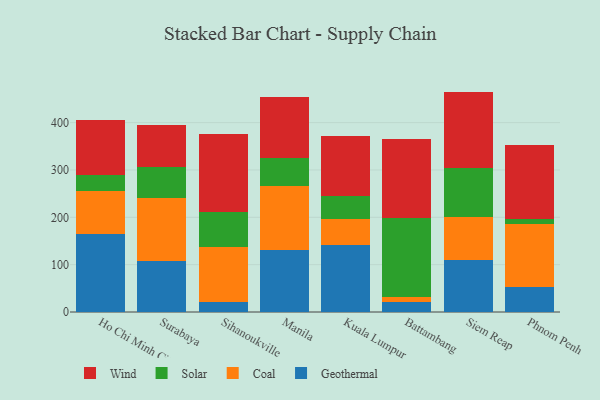
{"axis": {"x": "City", "y": "Conversion Rate (%)"}, "legend": ["Coal", "Geothermal", "Solar", "Wind"], "data": [{"x": "Ho Chi Minh City", "y": 164.9, "type": "Geothermal"}, {"x": "Ho Chi Minh City", "y": 90.2, "type": "Coal"}, {"x": "Ho Chi Minh City", "y": 33.8, "type": "Solar"}, {"x": "Ho Chi Minh City", "y": 117.2, "type": "Wind"}, {"x": "Surabaya", "y": 108.1, "type": "Geothermal"}, {"x": "Surabaya", "y": 133.3, "type": "Coal"}, {"x": "Surabaya", "y": 65.1, "type": "Solar"}, {"x": "Surabaya", "y": 88.1, "type": "Wind"}, {"x": "Sihanoukville", "y": 20.4, "type": "Geothermal"}, {"x": "Sihanoukville", "y": 116.6, "type": "Coal"}, {"x": "Sihanoukville", "y": 74.8, "type": "Solar"}, {"x": "Sihanoukville", "y": 163.3, "type": "Wind"}, {"x": "Manila", "y": 131.6, "type": "Geothermal"}, {"x": "Manila", "y": 133.6, "type": "Coal"}, {"x": "Manila", "y": 60.0, "type": "Solar"}, {"x": "Manila", "y": 128.2, "type": "Wind"}, {"x": "Kuala Lumpur", "y": 140.8, "type": "Geothermal"}, {"x": "Kuala Lumpur", "y": 55.5, "type": "Coal"}, {"x": "Kuala Lumpur", "y": 48.0, "type": "Solar"}, {"x": "Kuala Lumpur", "y": 128.3, "type": "Wind"}, {"x": "Battambang", "y": 22.1, "type": "Geothermal"}, {"x": "Battambang", "y": 10.1, "type": "Coal"}, {"x": "Battambang", "y": 166.0, "type": "Solar"}, {"x": "Battambang", "y": 167.7, "type": "Wind"}, {"x": "Siem Reap", "y": 108.8, "type": "Geothermal"}, {"x": "Siem Reap", "y": 90.9, "type": "Coal"}, {"x": "Siem Reap", "y": 104.3, "type": "Solar"}, {"x": "Siem Reap", "y": 161.5, "type": "Wind"}, {"x": "Phnom Penh", "y": 53.7, "type": "Geothermal"}, {"x": "Phnom Penh", "y": 132.1, "type": "Coal"}, {"x": "Phnom Penh", "y": 11.4, "type": "Solar"}, {"x": "Phnom Penh", "y": 155.3, "type": "Wind"}]}